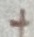
Text: +